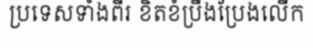
ប្រទេសទាំងពីរ ខិតខំប្រឹងប្រែងលើក